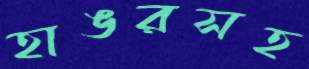
হাঙরসহ